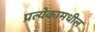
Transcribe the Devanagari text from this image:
प्रत्येकामधील